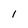
Character: 1